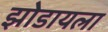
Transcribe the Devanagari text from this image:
झोडायला